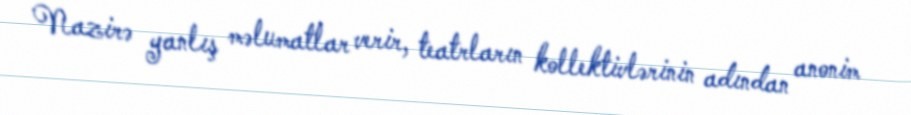
Nazirə yanlış məlumatlar verir, teatrların kollektivlərinin adından anonim